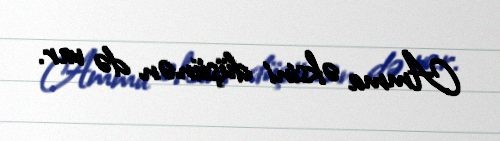
Amma əksini düşünən də var.